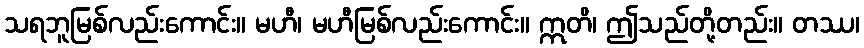
သရဘူမြစ်လည်းကောင်း။ မဟီ၊ မဟီမြစ်လည်းကောင်း။ ဣတိ၊ ဤသည်တို့တည်း။ တဿ၊